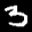
Label: 3